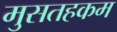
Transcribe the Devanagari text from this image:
मुसतहकम